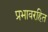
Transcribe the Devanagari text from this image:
प्रभावरहित